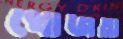
খোজতা